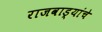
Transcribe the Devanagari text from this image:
राजवाड्यांचे